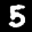
Digit: 5